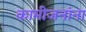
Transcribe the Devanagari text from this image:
कामीजनांना